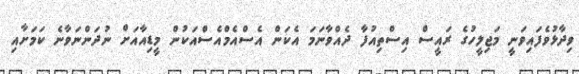
ވިދާޅުވެފައިވަނީ މަޖިލީހުގެ ރައީސް އިސްތިއުފާ ދެއްވާނަމަ އެކަން އެސްއެމްއެސްއަކުން މީޑިއާއަށް ނުދަންނަވާނެ ކަމަށާއި